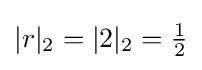
|r|_{2}=|2|_{2}={\tfrac {1}{2}}